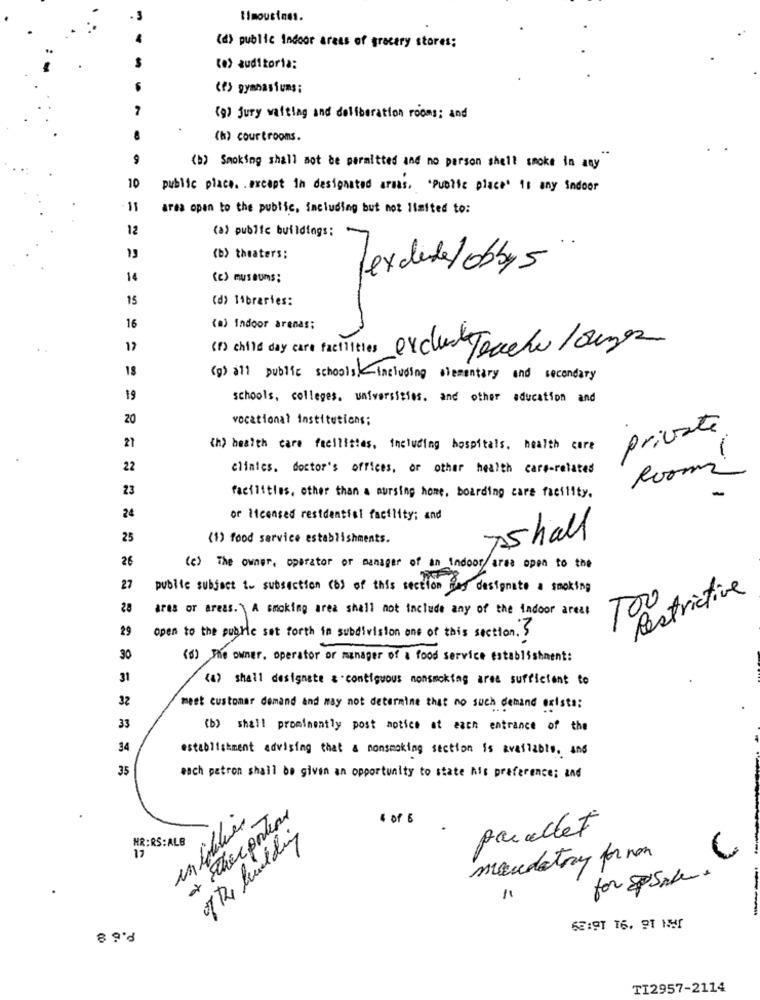
limousines.
(d) public Indoor areas of grocery stores;
(e) auditoria:
(f) gymnasiums;
(9) jury waiting and deliberation rooms; and
(h) courtrooms.
(b) Smoking shall not be permitted and no person shell smoke in any
10
public place. . except in designated armas, "Public place' 11 any indoor
11
area open to the public, including but not limited to:
12
(a) public buildings:
13
(b) theaters;
Texdetel obby 5
14
(c) museums;
15
(d) libraries:
16
(a) Indoor arenas;
12
(1) chite day care facilities exclus Teacher Longer
18
(g) all public schools-including elementary and secondary
19
schools, colleges, universities, and other aducation and
20
vocational institutions;
private
27
(h) health care facilities, including hospitals, health care
22
cliales. doctor's offices, or other health care-related
Room
23
facilities, other than a nursing home, boarding care facility.
24
or licensed residential facility; and
25
(1) food service establishments.
Ashall
26
(c) The owner, operator or manager of an indoor/area open to the
27
public subject _ subsection (b) of this section Pas designate a smoking
Restrictive
100
28
tres or areas. \ A smoking area shall not include any of the indoor areat
29
open to the public set forth in subdivision one of this section. S
30
(6) The owner, operator or manager of a food service establishment:
31
(4) shall designate & contiguous monsmoking area sufficient to
32
meet customer demand and may not determine that no such demand existo :
33
(b) shall prominently post notice at each entrance of the
34
establishment advising that a nonsmoking section is available, and
35
each patron shall be given an opportunity to state his preference; and
untablier
+ other portere
4 of 5
paracet
HR:RS:ALB
of the building
mandatory for non
for space.
11
62:91 16. 91 NH1
TI2957-2114